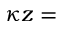
\kappa z =